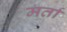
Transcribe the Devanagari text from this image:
मर्ता